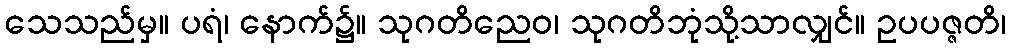
သေသည်မှ။ ပရံ၊ နောက်၌။ သုဂတိညေဝ၊ သုဂတိဘုံသို့သာလျှင်။ ဥပပဇ္ဇတိ၊